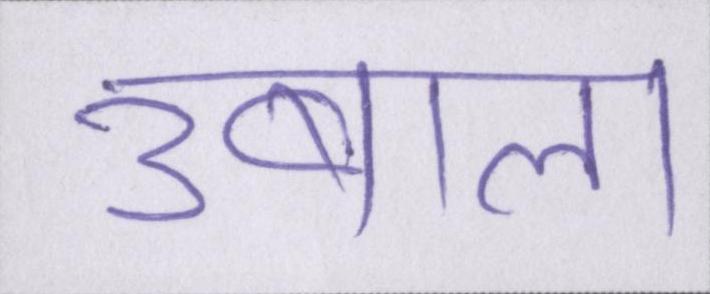
उबाल